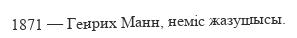
1871 — Генрих Манн, неміс жазушысы.